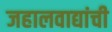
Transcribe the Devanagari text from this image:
जहालवाद्यांची